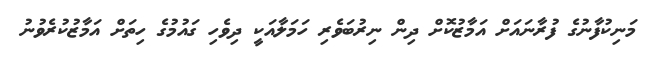
މަނިކުފާނުގެ ފުރާނައަށް އަމާޒުކޮށް ދިން ނިރުބަވެރި ހަމަލާއަކީ ދިވެހި ގައުމުގެ ހިތަށް އަމާޒުކުރެވުނު